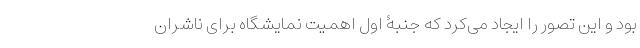
بود و این تصور را ایجاد می‌کرد که جنبۀ اول اهمیت نمایشگاه برای ناشران